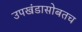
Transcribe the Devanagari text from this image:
उपखंडासोबतच